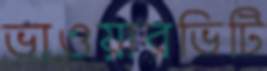
ভাওয়ারভিটি